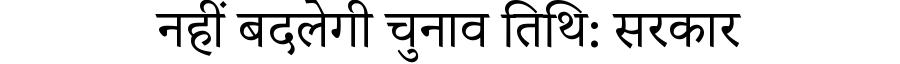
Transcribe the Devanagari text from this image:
नहीं बदलेगी चुनाव तिथि: सरकार